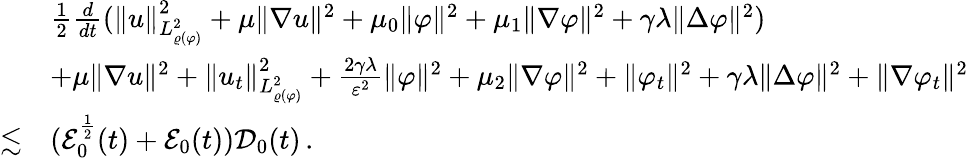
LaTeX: \begin{array}{rl}&{\frac{1}{2}\frac{d}{dt}(\| u\| _{L_{\varrho(\varphi)}^{2}}^{2}+\mu\| \nabla u\| ^{2}+\mu_{0}\| \varphi\| ^{2}+\mu_{1}\| \nabla\varphi\| ^{2}+\gamma\lambda\| \Delta\varphi\| ^{2})}\\ &{+\mu\| \nabla u\| ^{2}+\| u_{t}\| _{L_{\varrho(\varphi)}^{2}}^{2}+\frac{2\gamma\lambda}{\varepsilon^{2}}\| \varphi\| ^{2}+\mu_{2}\| \nabla\varphi\| ^{2}+\| \varphi_{t}\| ^{2}+\gamma\lambda\| \Delta\varphi\| ^{2}+\| \nabla\varphi_{t}\| ^{2}}\\ {\lesssim}&{(\mathcal{E}_{0}^{\frac{1}{2}}(t)+\mathcal{E}_{0}(t))\mathcal{D}_{0}(t)\, .}\end{array}